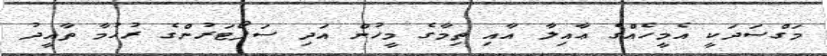
މަގްސަދަކީ އެމީހެއްގެ ޢާއިލާ އާއި ތިމާގެ މީހުން އަދި ސަޕޯޓަރުންގެ ރުހުމާ ތާއީދު